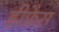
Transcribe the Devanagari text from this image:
डीफ्रेंस